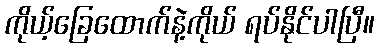
ကိုယ့်ခြေထောက်နဲ့ကိုယ် ရပ်နိုင်ပါပြီ။